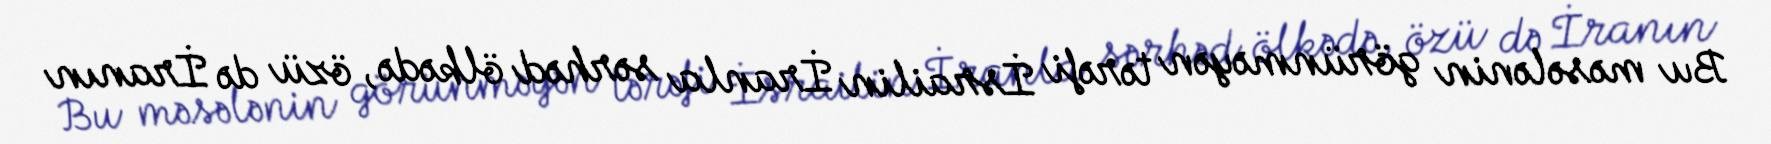
Bu məsələnin görünməyən tərəfi İsrailin İranla sərhəd ölkədə, özü də İranın